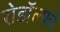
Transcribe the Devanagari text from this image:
रोडॉल्फो